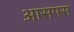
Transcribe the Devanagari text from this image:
आसपस